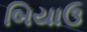
બિયાઉ